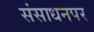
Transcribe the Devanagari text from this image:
संसाधनपर